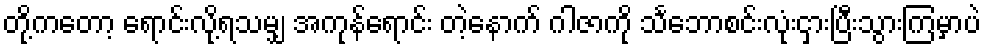
တို့ကတော့ ရောင်းလို့ရသမျှ အကုန်ရောင်း တဲ့နောက် ဂါဇာကို သင်္ဘောစင်းလုံးငှားပြီးသွားကြမှာပဲ